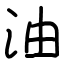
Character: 油